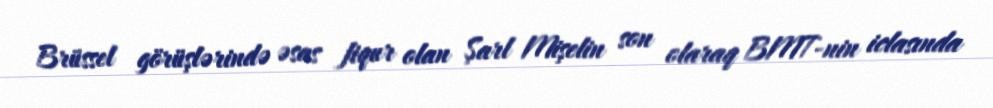
Brüssel görüşlərində əsas fiqur olan Şarl Mişelin son olaraq BMT-nin iclasında